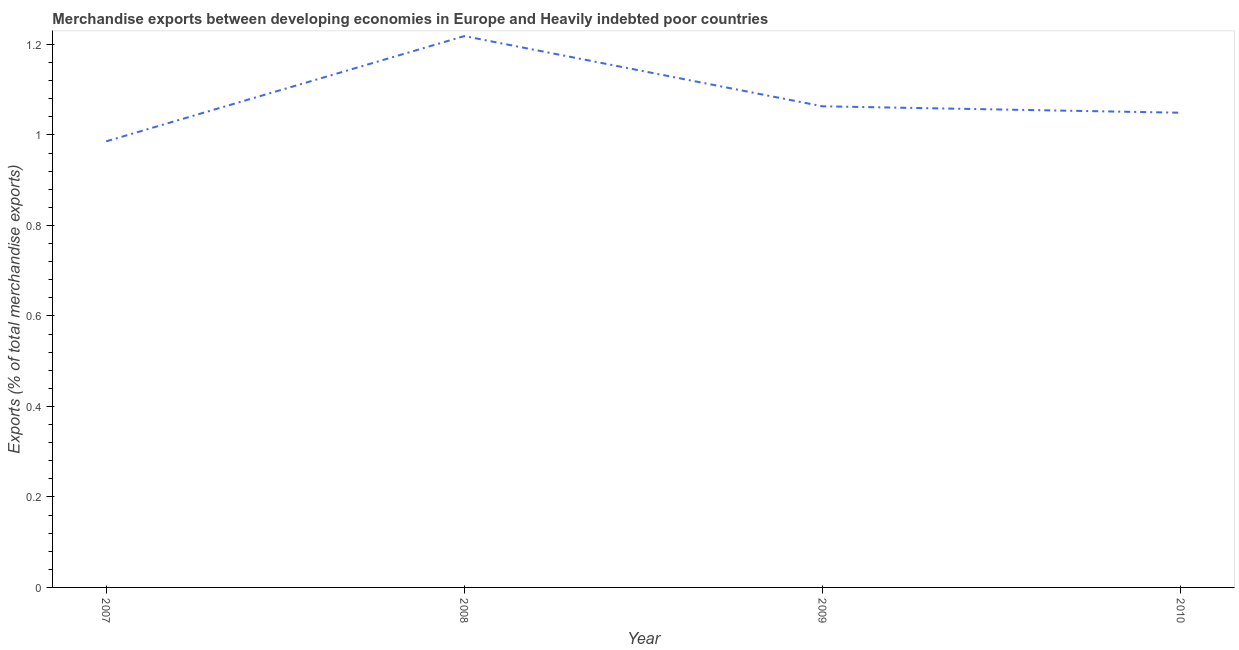
| Year | Merchandise Exports |
 | --- | --- |
 | 2007 | 0.986 |
 | 2008 | 1.22 |
 | 2009 | 1.06 |
 | 2010 | 1.05 |